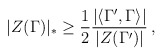
\begin{align*} |Z(\Gamma)|_* \geq \frac{1}{2} \frac{|\langle \Gamma',\Gamma \rangle|}{|Z(\Gamma')|} \, ,\end{align*}